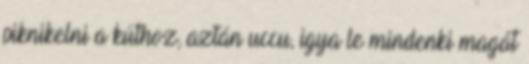
piknikelni a kúthoz, aztán uccu, igya le mindenki magát